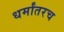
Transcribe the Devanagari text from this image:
धर्मांतरच